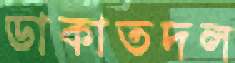
ডাকাতদল